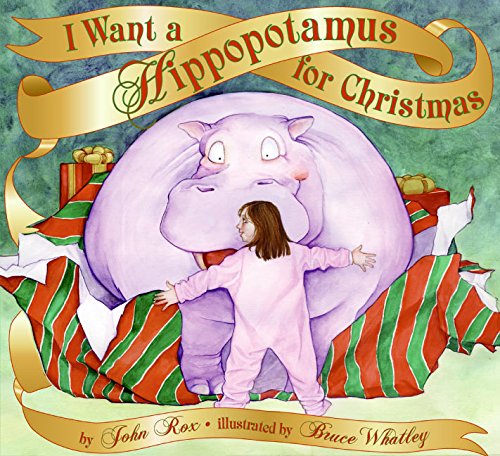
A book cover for I Want a Hippopotamus for Christmas; John Rox; Children's Books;